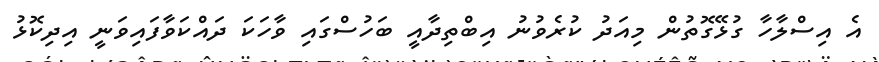
އެ އިސްލާހާ ގުޅޭގޮތުން މިއަދު ކުރެވުނު އިބްތިދާއީ ބަހުސްގައި ވާހަކަ ދައްކަވާފައިވަނީ އިދިކޮޅު